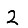
Digit: 2